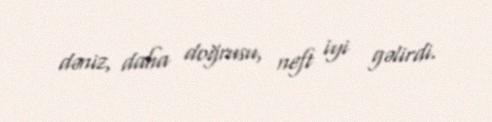
dəniz, daha doğrusu, neft iyi gəlirdi.